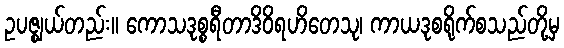
ဥပဇ္ဈယ်တည်း။ ကောသဒုစ္စရီတာဒိဝိရဟိတေသု၊ ကာယဒုစရိုက်စသည်တို့မှ